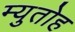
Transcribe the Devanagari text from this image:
म्युतोह